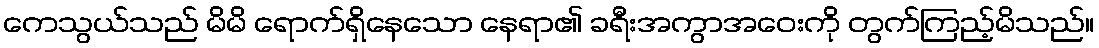
ကေသွယ်သည် မိမိ ရောက်ရှိနေသော နေရာ၏ ခရီးအကွာအဝေးကို တွက်ကြည့်မိသည်။